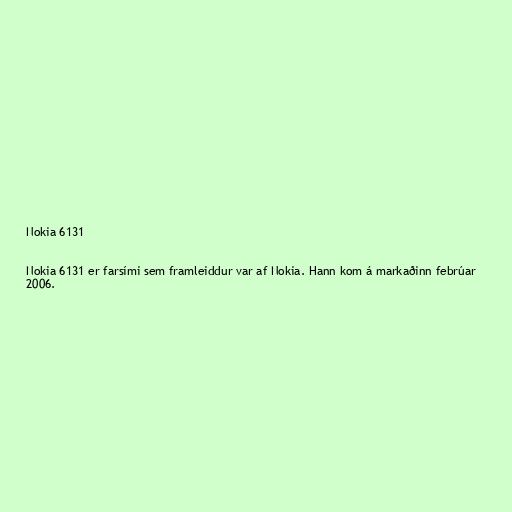
Nokia 6131

Nokia 6131 er farsími sem framleiddur var af Nokia. Hann kom á markaðinn febrúar
2006.